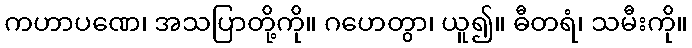
ကဟာပဏေ၊ အသပြာတို့ကို။ ဂဟေတွာ၊ ယူ၍။ ဓီတရံ၊ သမီးကို။